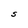
Character: S